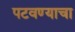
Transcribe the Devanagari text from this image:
पटवण्याचा